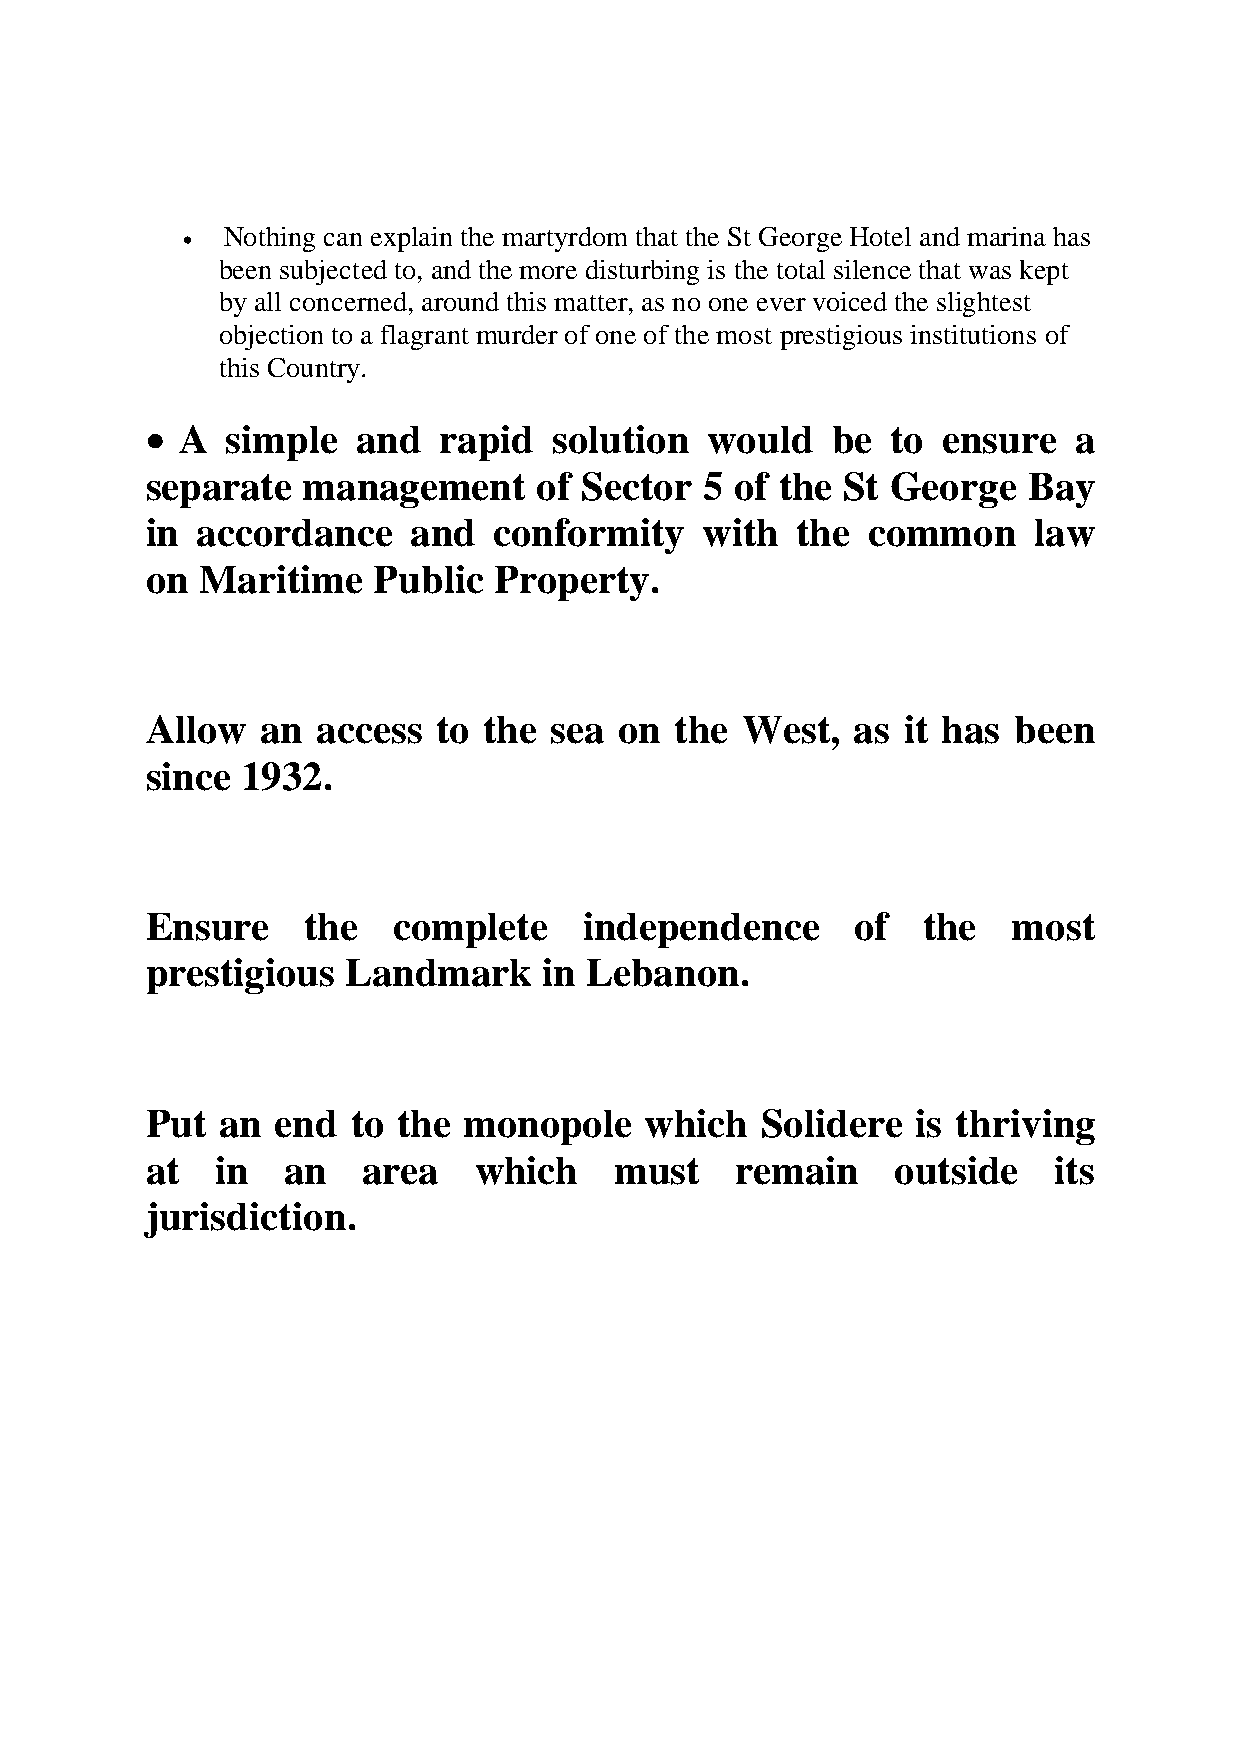
•  Nothing can explain the martyrdom that the St George Hotel and marina has
 been subjected to, and the more disturbing is the total silence that was kept
 by all concerned, around this matter, as no one ever voiced the slightest
 objection to a flagrant murder of one of the most prestigious institutions of
 this Country.
 •
 A  simple   and  rapid   solution  would   be  to ensure   a
 separate  management      of Sector  5 of the St George   Bay
 in accordance    and   conformity    with  the common     law
 on Maritime    Public  Property.
 Allow  an  access  to the sea  on  the West,   as it has been
 since 1932.
 Ensure    the   complete     independence      of  the   most
 prestigious  Landmark     in Lebanon.
 Put  an end  to the  monopole    which  Solidere   is thriving
 at  in   an   area   which     must    remain    outside    its
 jurisdiction.